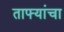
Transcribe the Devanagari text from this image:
ताफ्यांचा